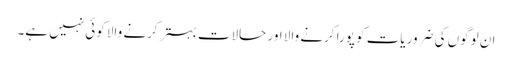
ان لوگوں کی ضروریات کو پورا کرنے والا اور حالات بہتر کرنے والا کوئی نہیں ہے۔